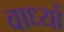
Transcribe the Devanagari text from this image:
वाध्यों